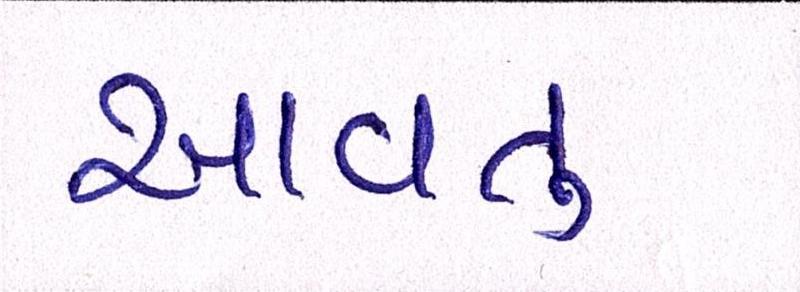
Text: આવતુ